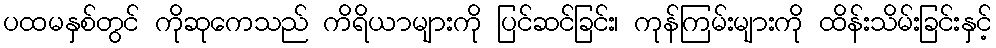
ပထမနှစ်တွင် ကိုဆုကေသည် ကိရိယာများကို ပြင်ဆင်ခြင်း၊ ကုန်ကြမ်းများကို ထိန်းသိမ်းခြင်းနှင့်